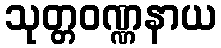
သုတ္တဝဏ္ဏနာယ